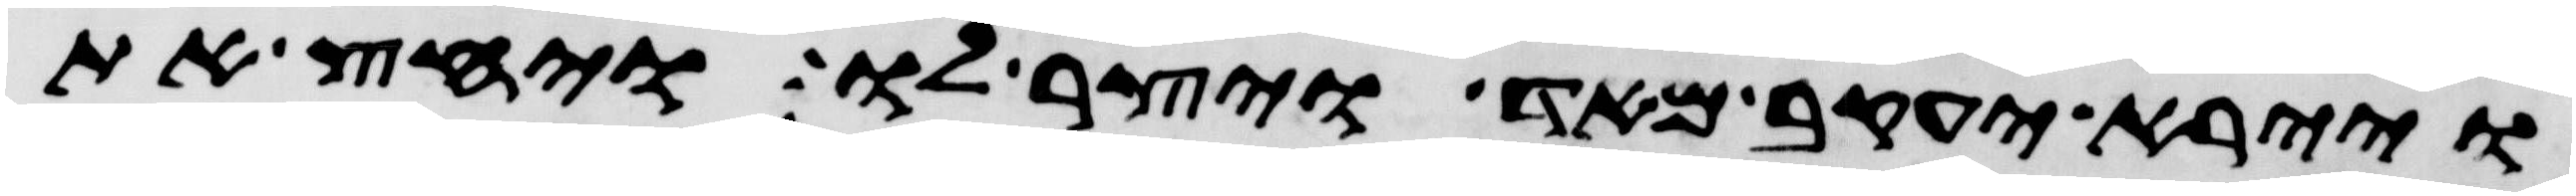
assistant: ויירא יעקב מאד ויצר לו ויחץ את